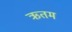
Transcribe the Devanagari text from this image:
ऋतम